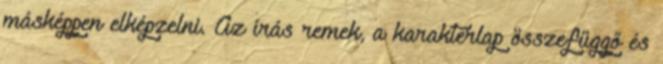
másképpen elképzelni. Az írás remek, a karakterlap összefüggő és